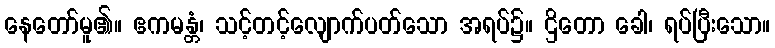
နေတော်မူ၏။ ဧကမန္တံ၊ သင့်တင့်လျောက်ပတ်သော အရပ်၌။ ဌိတော ခေါ၊ ရပ်ပြီးသော။